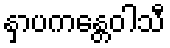
နှာပကန္တေဝါသီ